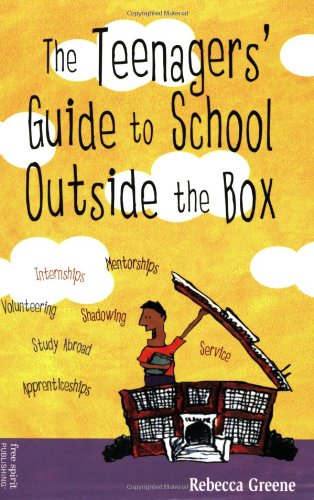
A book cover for The Teenagers' Guide to School Outside the Box; Rebecca Greene; Teen & Young Adult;